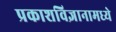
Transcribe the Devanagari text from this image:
प्रकाशविज्ञानामध्ये